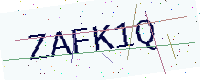
Text: ZAFK1Q